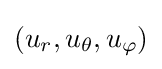
(u_{r},u_{\theta },u_{\varphi })